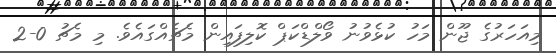
މިއަހަރުގެ ޖޫން މަހު ކުޅެވުނު ވޯލްޑްކަޕް ކޮލިފައިން މެޗެއްގައެވެ. މި މެޗު 0-2